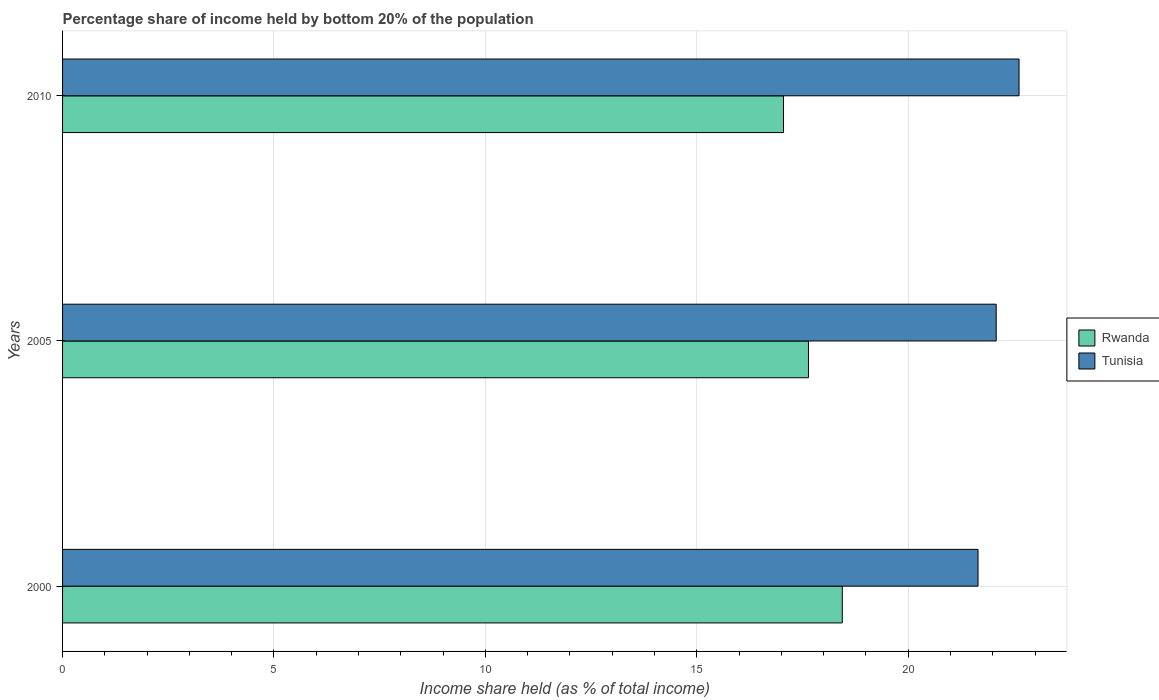
| Years | Rwanda | Tunisia |
 | --- | --- | --- |
 | 2000 | 18.4 | 21.6 |
 | 2005 | 17.6 | 22.1 |
 | 2010 | 17.1 | 22.6 |